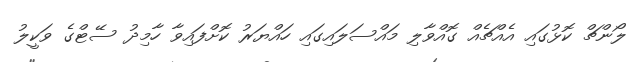
ލޯންޗް ކޮޅުގައި އެއްޗެއް ގޮއްވާލި މައްސަލައިގައި ހައްޔަރު ކޮށްފައިވާ ހާމިދު ސޭޓްގެ ވަކީލު